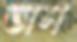
ভাস